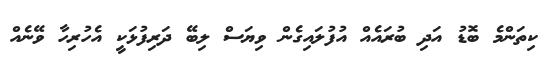
ކިތަންމެ ބޮޑު އަދި ބުރައެއް އުފުލައިގެން ވިޔަސް ލިބޭ ދަރިފުޅަކީ އެހުރިހާ ވޭނެއް